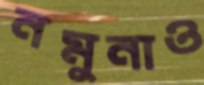
নমুনাও